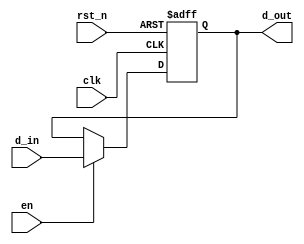
module parameterized_register #(
    parameter WIDTH = 8 // Default width of the register
)(
    input wire clk,           // Clock signal
    input wire rst_n,        // Asynchronous reset (active low)
    input wire en,           // Enable signal
    input wire [WIDTH-1:0] d_in, // Data input
    output reg [WIDTH-1:0] d_out // Data output
);

// Synchronous operation with reset functionality
always @(posedge clk or negedge rst_n) begin
    if (!rst_n) begin
        // Asynchronous reset to zero
        d_out <= {WIDTH{1'b0}};
    end else if (en) begin
        // Update register on clock edge if enabled
        d_out <= d_in;
    end
    // If enable is low, retain previous value (no action)
end

endmodule